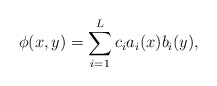
\begin{align*}\phi(x,y)=\sum_{i=1}^L c_i a_i(x)b_i(y),\end{align*}